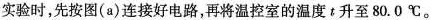
实验时，先按图(a)连接好电路，再将温控室的温度t升至80.0℃。